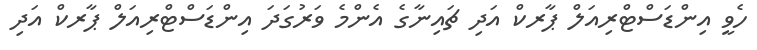
ހެވީ އިންޑަސްޓްރިއަލް ޕާރކް އަދި ޗައިނާގެ އެންމެ ވަރުގަދަ އިންޑަސްޓްރިއަލް ޕާރކް އަދި